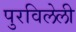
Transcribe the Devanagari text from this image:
पुरविलेली